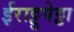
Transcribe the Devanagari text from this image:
ईराट्टुपेट्टा